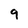
Character: 9